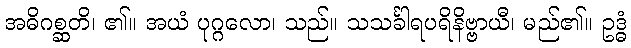
အဓိဂစ္ဆတိ၊ ၏။ အယံ ပုဂ္ဂလော၊ သည်။ သသင်္ခါရပရိနိဗ္ဗာယီ၊ မည်၏။ ဥဒ္ဓံ